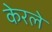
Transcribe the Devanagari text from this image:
केरले